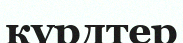
күрдтер